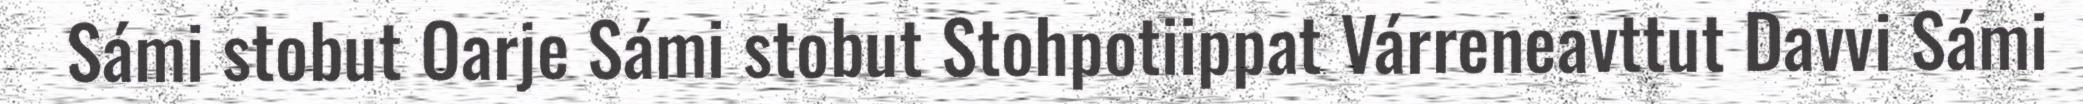
Sámi stobut Oarje Sámi stobut Stohpotiippat Várreneavttut Davvi Sámi